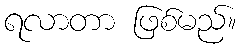
ရလာတာ ဖြစ်မည်။